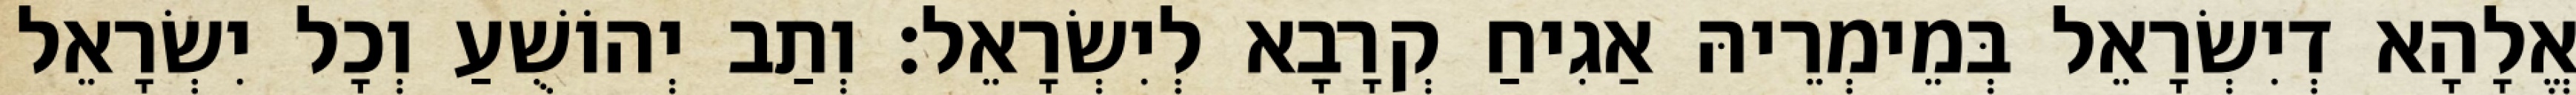
אֱלָהָא דְיִשְׂרָאֵל בְּמֵימְרֵיהּ אַגִיחַ קְרָבָא לְיִשְׂרָאֵל׃ וְתַב יְהוֹשֻׁעַ וְכָל יִשְׂרָאֵל